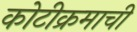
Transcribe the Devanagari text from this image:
कोटीक्रमाची